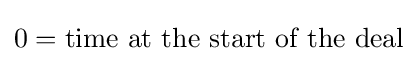
0={\text{time at the start of the deal}}